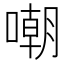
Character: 嘲